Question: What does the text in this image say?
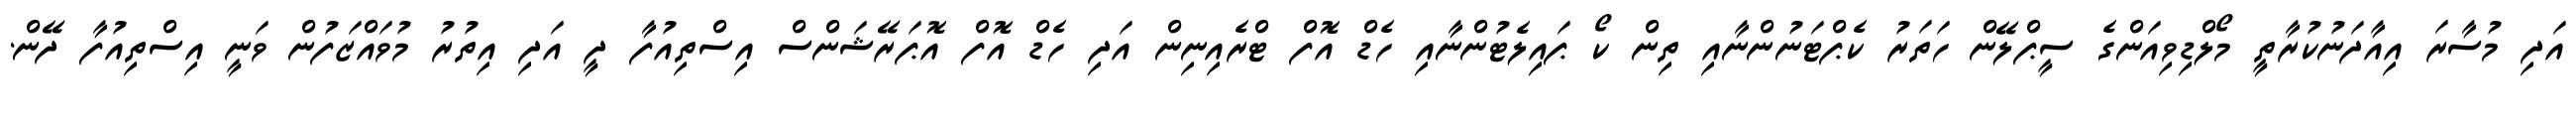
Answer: އަދި މުސާރަ އިއާދަނުކުރާތީ މޯލްޑިވިއަންގެ ސީޕްލޭން ހަތަރު ކެޕްޓަނުންނާއި ތިން ކޯ ޕައިލެޓުންނާއި ހެޑް އޮފް ޓްރެއިނިން އަދި ހެޑް އޮފް އޮޕަރޭޝަންސް އިސްތިއުފާ ދީ އަދި އިތުރު މުވައްޒަފުން ވަނީ އިސްތިއުފާ ދޭން.